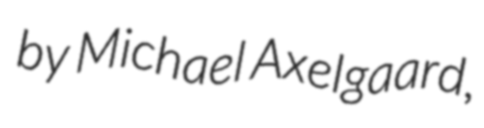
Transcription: by Michael Axelgaard,